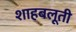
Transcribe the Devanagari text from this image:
शाहबलूती